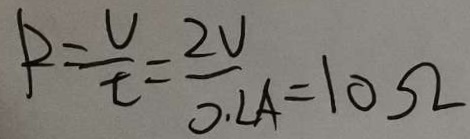
P = \frac { U } { \tau } = \frac { 2 U } { 0 . 2 A } = 1 0 \Omega